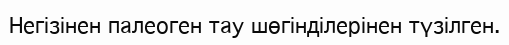
Негізінен палеоген тау шөгінділерінен түзілген.